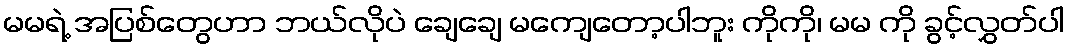
မမရဲ့ အပြစ်တွေဟာ ဘယ်လိုပဲ ချေချေ မကျေတော့ပါဘူး ကိုကို၊ မမ ကို ခွင့်လွှတ်ပါ